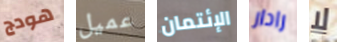
هودج عميل الإئتمان رادار لا